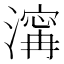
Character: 𣽹